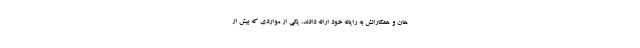
هان و همکارانش به رایانه خود ارائه دادند، یکی از مواردی که بیش از